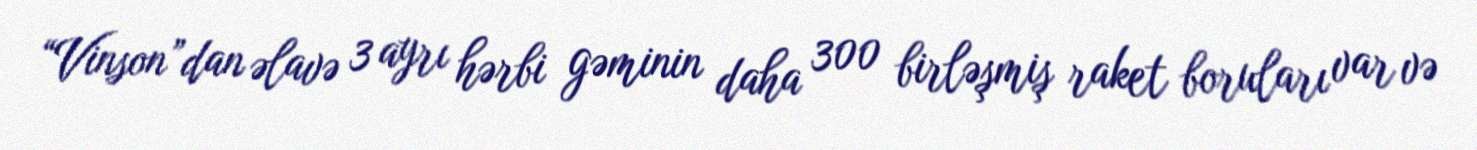
“Vinson”dan əlavə 3 ayrı hərbi gəminin daha 300 birləşmiş raket boruları var və